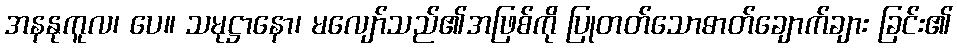
အနနုကူလ၊ ပေ။ သမုဋ္ဌာနော၊ မလျော်သည်၏အဖြစ်ကို ပြုတတ်သောဓာတ်ချောက်ချား ခြင်း၏